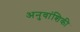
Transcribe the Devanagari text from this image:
अनुवांशिकी